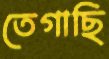
তেগাছি